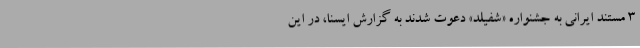
3 مستند ایرانی به جشنواره «شفیلد» دعوت شدند به گزارش ایسنا، در این